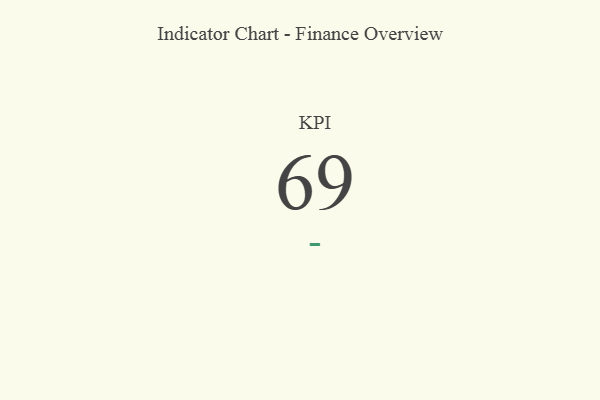
{"axis": {"x": "KPI", "y": "Value"}, "legend": [""], "data": [{"x": "KPI", "y": 69, "type": ""}]}